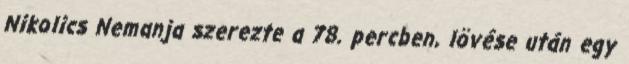
Nikolics Nemanja szerezte a 78. percben, lövése után egy